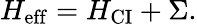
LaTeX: H_{\mathrm{{eff}}}=H_{\mathrm{{CI}}}+\Sigma.